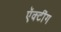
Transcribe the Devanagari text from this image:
ऍक्टींग